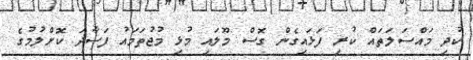
ކުދި މައްސަލަތައް ކުރި ފަޅައިގެން ގޮސް މޫލައި މުޅި މުޖުތަމައު ފަސާދަ ކޮށްލުމުގެ